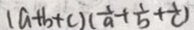
( a + b + c ) ( \frac { 1 } { a } + \frac { 1 } { b } + \frac { 1 } { c } )